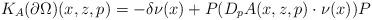
LaTeX: \begin{align*}K_A( \partial\Omega) (x, z, p) = - \delta \nu(x) + P(D_pA(x,z,p)\cdot \nu(x))P\end{align*}